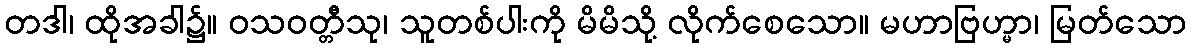
တဒါ၊ ထိုအခါ၌။ ဝသဝတ္တီသု၊ သူတစ်ပါးကို မိမိသို့ လိုက်စေသော။ မဟာဗြဟ္မာ၊ မြတ်သော